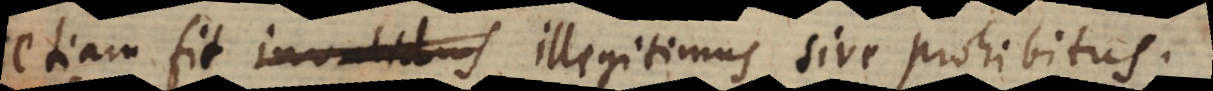
etiam fit invalidus illegitimus sive prohibitus.